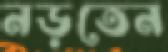
নড়তেন